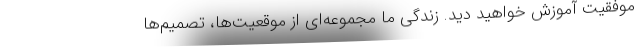
موفقیت آموزش خواهید دید. زندگی ما مجموعه‌ای از موقعیت‌ها، تصمیم‌ها